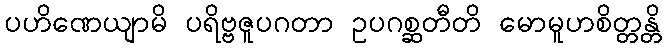
ပဟိဏေယျာမိ ပရိဗ္ဗဇူပဂတာ ဥပဂစ္ဆတီတိ မောမူဟစိတ္တန္တိ